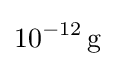
10^{-12}\,\mathrm {g}